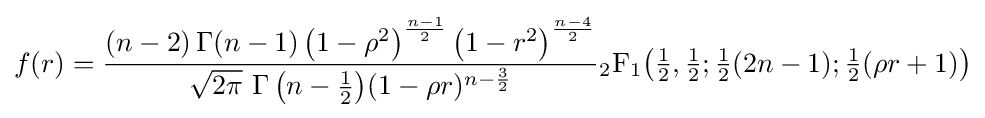
f(r)={\frac {(n-2)\,\mathrm {\Gamma } (n-1)\left(1-\rho ^{2}\right)^{\frac {n-1}{2}}\left(1-r^{2}\right)^{\frac {n-4}{2}}}{{\sqrt {2\pi }}\,\operatorname {\Gamma } {\mathord {\left(n-{\tfrac {1}{2}}\right)}}(1-\rho r)^{n-{\frac {3}{2}}}}}{}_{2}\mathrm {F} _{1}{\mathord {\left({\tfrac {1}{2}},{\tfrac {1}{2}};{\tfrac {1}{2}}(2n-1);{\tfrac {1}{2}}(\rho r+1)\right)}}